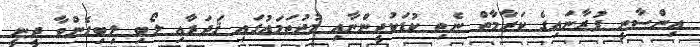
އިންސާނީ ފުރާނައިގެ ކަރާމާތް ނެތި ކުޑަކުދީންނާއި މުޖުތަމަޢުގައި ޤަދަރާއި ލޯބި ލިބިގެންވާ ދީނީ